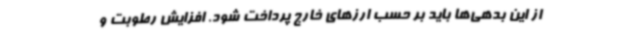
از این بدهی‌ها باید بر حسب ارزهای خارج پرداخت شود. افزایش رطوبت و